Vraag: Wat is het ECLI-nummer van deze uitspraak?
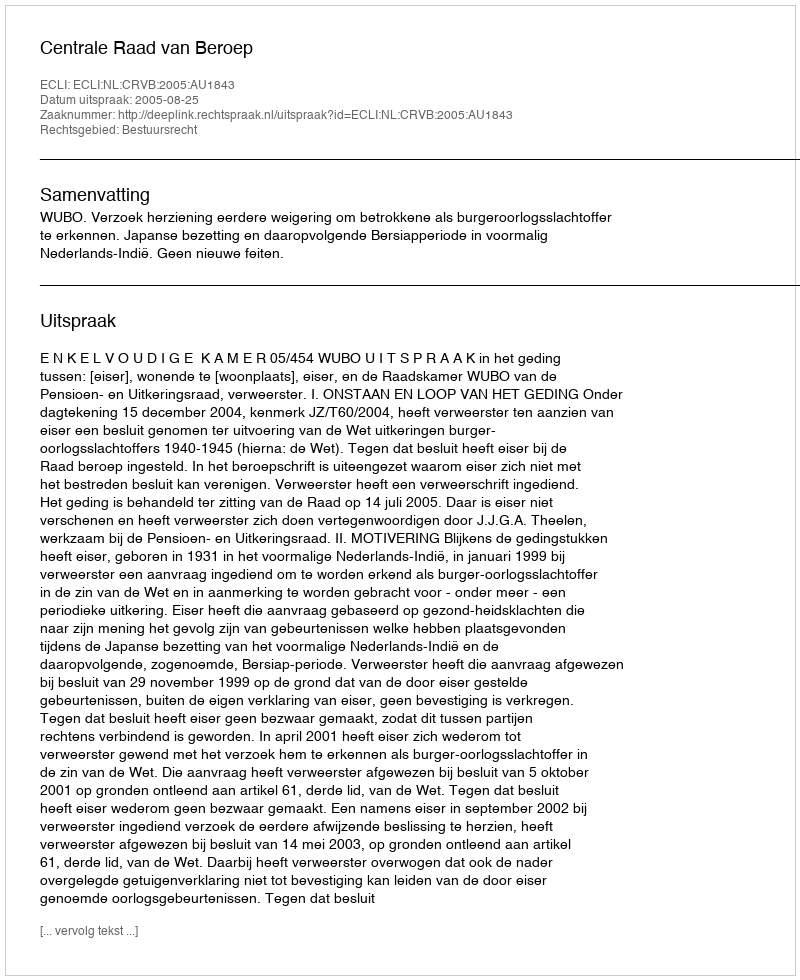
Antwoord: ECLI:NL:CRVB:2005:AU1843